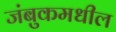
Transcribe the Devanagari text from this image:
जंबुकमधील